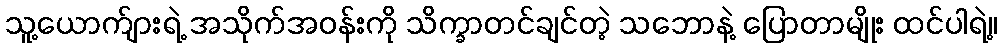
သူ့ယောက်ျားရဲ့ အသိုက်အဝန်းကို သိက္ခာတင်ချင်တဲ့ သဘောနဲ့ ပြောတာမျိုး ထင်ပါရဲ့။